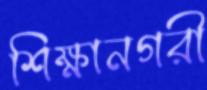
শিক্ষানগরী